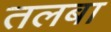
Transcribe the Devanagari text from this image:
तलबा